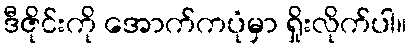
ဒီဇိုင်းကို အောက်ကပုံမှာ ရှိုးလိုက်ပါ။